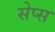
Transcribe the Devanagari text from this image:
सेप्स